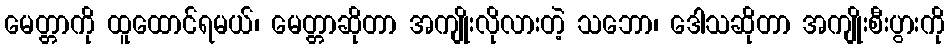
မေတ္တာကို ထူထောင်ရမယ်၊ မေတ္တာဆိုတာ အကျိုးလိုလားတဲ့ သဘော၊ ဒေါသဆိုတာ အကျိုးစီးပွားကို